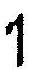
1